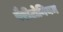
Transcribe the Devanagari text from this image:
पैरीटोनियम